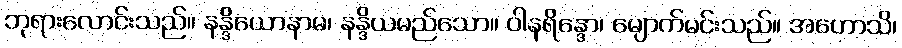
ဘုရားလောင်းသည်။ နန္ဒိယောနာမ၊ နန္ဒိယမည်သော။ ဝါနရိန္ဒော၊ မျောက်မင်းသည်။ အဟောသိ၊